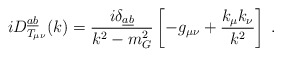
\begin{align*}i D_{T_{\mu \nu}}^{\underline{a} \underline{b}} (k) = \frac{i\delta_{\underline{a} \underline{b}}}{k^2 - m^2_G} \left[- g_{\mu \nu} +\frac{k_{\mu} k_{\nu}}{k^2}\right] \; .\end{align*}